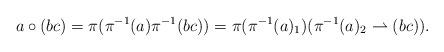
LaTeX: \begin{align*}a\circ (bc)=\pi(\pi^{-1}(a)\pi^{-1}(bc))=\pi(\pi^{-1}(a)_1)(\pi^{-1}(a)_2\rightharpoonup (bc)). \end{align*}